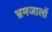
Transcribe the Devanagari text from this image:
भ्रमजालों